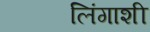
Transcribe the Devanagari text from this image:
लिंगाशी